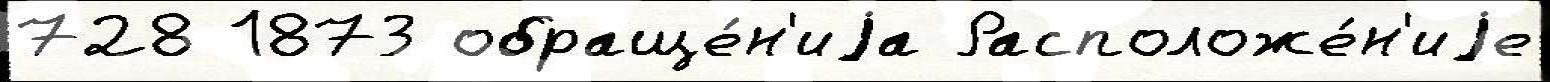
728 1873 обраще́н'иjа Расположе́н'иjе